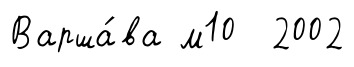
Варша́ва м10 2002